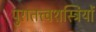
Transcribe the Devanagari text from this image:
पुरातत्त्वशस्त्रियों